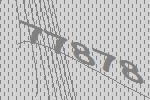
77878